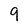
Character: 9